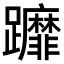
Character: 𨇻